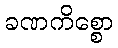
ခဏကိစ္စော